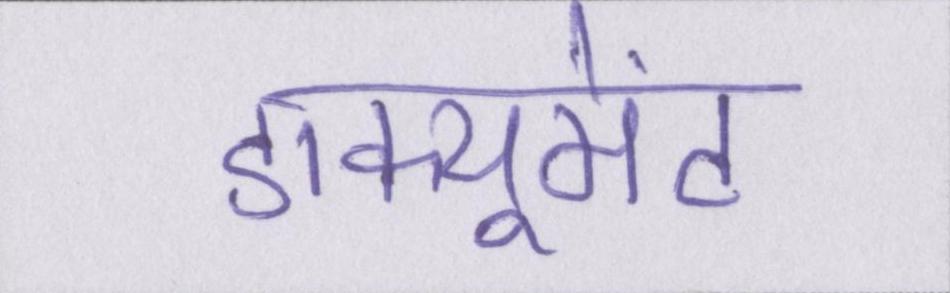
डाक्यूमेंट